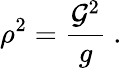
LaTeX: \rho^{2}=\frac{{\cal G}^{2}}{g}\ .